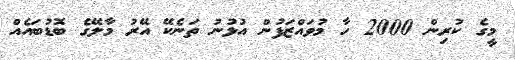
މީގެ ކުރިން 2000 ހާ މުވައްޒަފުން އުޅުނު ތަނެކޭ އޭރު މާލޭގެ ބޮޑުބައެއް